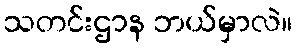
သတင်းဌာန ဘယ်မှာလဲ။